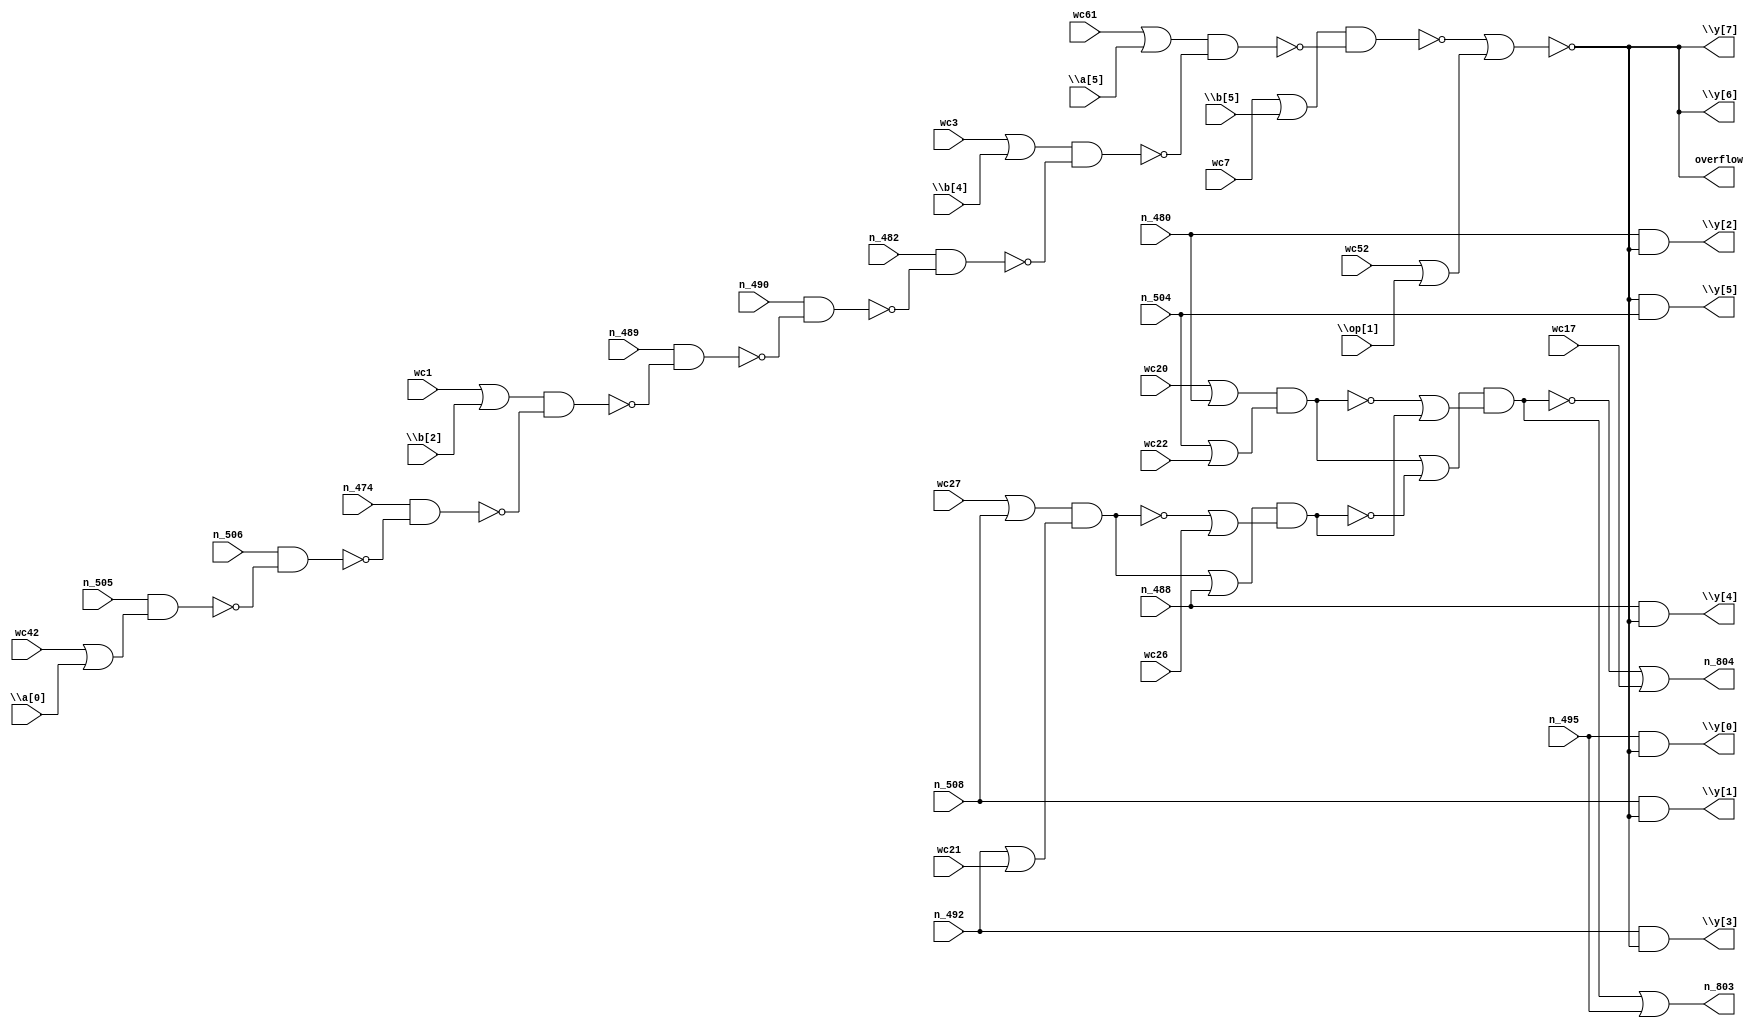
module top_eco(\a[0] , n_506,\a[5] ,\b[2] ,\b[4] ,\b[5] ,\op[1] , n_505, n_474, wc1, n_482, wc3, n_489, n_490, wc7, n_495, wc17, n_504, wc20, n_508, wc21, n_480, wc22, n_488, wc52, wc26, n_492, wc27, wc42, wc61, overflow,\y[6] ,\y[7] ,\y[0] ,\y[1] ,\y[2] ,\y[3] ,\y[4] ,\y[5] , n_803, n_804);
  input \a[0] , n_506,\a[5] ,\b[2] ;
  input \b[4] ,\b[5] ,\op[1] , n_505, n_474;
  input wc1, n_482, wc3, n_489, n_490;
  input wc7, n_495, wc17, n_504, wc20;
  input n_508, wc21, n_480, wc22, n_488;
  input wc52, wc26, n_492, wc27, wc42;
  input wc61;
  output overflow,\y[6] ,\y[7] ,\y[0] ;
  output \y[1] ,\y[2] ,\y[3] ,\y[4] ,\y[5] ;
  output n_803, n_804;
  wire patchNew_n_264, patchNew_n_475, patchNew_n_496, patchNew_n_451;
  wire patchNew_wc10, patchNew_n_502, patchNew_n_804, patchNew_wc12, patchNew_n_450;
  wire patchNew_n_806, patchNew_n_805, patchNew_wc13, patchNew_n_807, patchNew_n_503;
  wire patchNew_n_811, patchNew_wc17, patchNew_n_812, patchNew_n_69, patchNew_n_505;
  wire patchNew_n_455, patchNew_n_705, patchNew_n_819, patchNew_n_820, patchNew_n_413;
  wire patchNew_n_522, patchNew_n_687, patchNew_n_369, patchNew_n_657, patchNew_n_410;
  wire patchNew_n_521, patchNew_n_615, patchNew_n_360, patchNew_n_579, patchNew_wc63;
  wire patchNew_wc66, patchNew_wc65, patchNew_wc68, patchNew_wc67, patchNew_wc69;
  and eco1 (\y[0] , n_495, patchNew_wc66);
  and eco2 (\y[1] , n_508, patchNew_wc63);
  and eco3 (\y[2] , n_480, patchNew_wc68);
  and eco4 (\y[3] , n_492, patchNew_wc67);
  and eco5 (\y[4] , n_488, patchNew_wc65);
  and eco6 (\y[5] , patchNew_wc69, n_504);
  or eco7 (n_803, patchNew_wc10, n_495);
  or eco8 (n_804, patchNew_n_451, wc17);
  assign overflow = \y[7] ;
  assign \y[6]  = \y[7] ;
  not eco11 (\y[7] , patchNew_n_69);
  nand eco12 (patchNew_n_451, patchNew_n_804, patchNew_n_805);
  not eco13 (patchNew_wc10, patchNew_n_451);
  nand eco14 (patchNew_n_502, patchNew_n_806, patchNew_n_807);
  or eco15 (patchNew_n_804, patchNew_wc12, patchNew_n_450);
  not eco16 (patchNew_wc12, patchNew_n_502);
  nand eco17 (patchNew_n_450, patchNew_n_811, patchNew_n_812);
  or eco18 (patchNew_n_806, wc20, n_480);
  or eco19 (patchNew_n_805, patchNew_n_502, patchNew_wc13);
  not eco20 (patchNew_wc13, patchNew_n_450);
  or eco21 (patchNew_n_807, n_504, wc22);
  nand eco22 (patchNew_n_503, patchNew_n_819, patchNew_n_820);
  or eco23 (patchNew_n_811, patchNew_wc17, n_488);
  not eco24 (patchNew_wc17, patchNew_n_503);
  or eco25 (patchNew_n_812, patchNew_n_503, wc26);
  or eco26 (patchNew_n_69, patchNew_n_505, patchNew_n_264);
  or eco27 (patchNew_n_819, wc27, n_508);
  or eco28 (patchNew_n_820, n_492, wc21);
  not eco29 (patchNew_wc63, patchNew_n_69);
  not eco30 (patchNew_wc66, patchNew_n_69);
  not eco31 (patchNew_wc65, patchNew_n_69);
  not eco32 (patchNew_wc68, patchNew_n_69);
  not eco33 (patchNew_wc67, patchNew_n_69);
  not eco34 (patchNew_wc69, patchNew_n_69);
  nand eco35 (patchNew_n_505, patchNew_n_455, patchNew_n_705);
  or eco36 (patchNew_n_264, wc52,\op[1] );
  or eco37 (patchNew_n_455, wc7,\b[5] );
  nand eco38 (patchNew_n_705, patchNew_n_475, patchNew_n_413);
  or eco39 (patchNew_n_475, wc61,\a[5] );
  nand eco40 (patchNew_n_413, patchNew_n_522, patchNew_n_687);
  or eco41 (patchNew_n_522, wc3,\b[4] );
  nand eco42 (patchNew_n_687, n_482, patchNew_n_369);
  nand eco43 (patchNew_n_369, n_490, patchNew_n_657);
  nand eco44 (patchNew_n_657, n_489, patchNew_n_410);
  nand eco45 (patchNew_n_410, patchNew_n_521, patchNew_n_615);
  or eco46 (patchNew_n_521, wc1,\b[2] );
  nand eco47 (patchNew_n_615, n_474, patchNew_n_360);
  nand eco48 (patchNew_n_360, n_506, patchNew_n_579);
  nand eco49 (patchNew_n_579, n_505, patchNew_n_496);
  or eco50 (patchNew_n_496, wc42,\a[0] );
endmodule